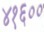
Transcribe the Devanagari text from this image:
४१६००